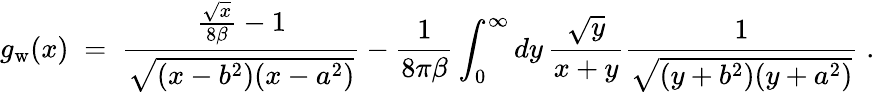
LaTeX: g_{\mathrm{w}}(x)\; =\; {\frac{{\frac{\sqrt{x}}{8\beta}}-1}{\sqrt{(x-b^{2})(x-a^{2})}}}-{\frac{1}{8\pi\beta}}\int_{0}^{\infty}dy\, {\frac{\sqrt{y}}{x+y}}{\frac{1}{\sqrt{(y+b^{2})(y+a^{2})}}}\; .